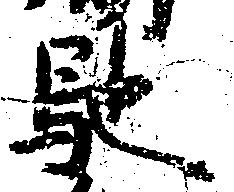
馳